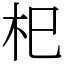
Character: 𣏌